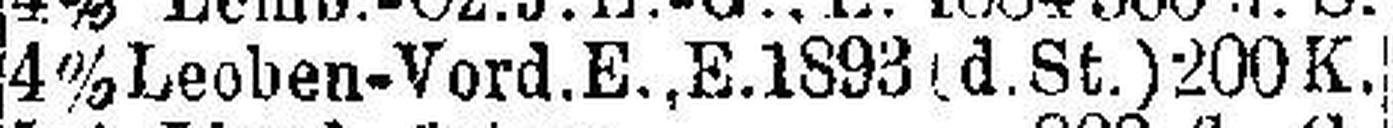
4% Leoben-Vord.E., E. 1893 (d. St.) 200 K.